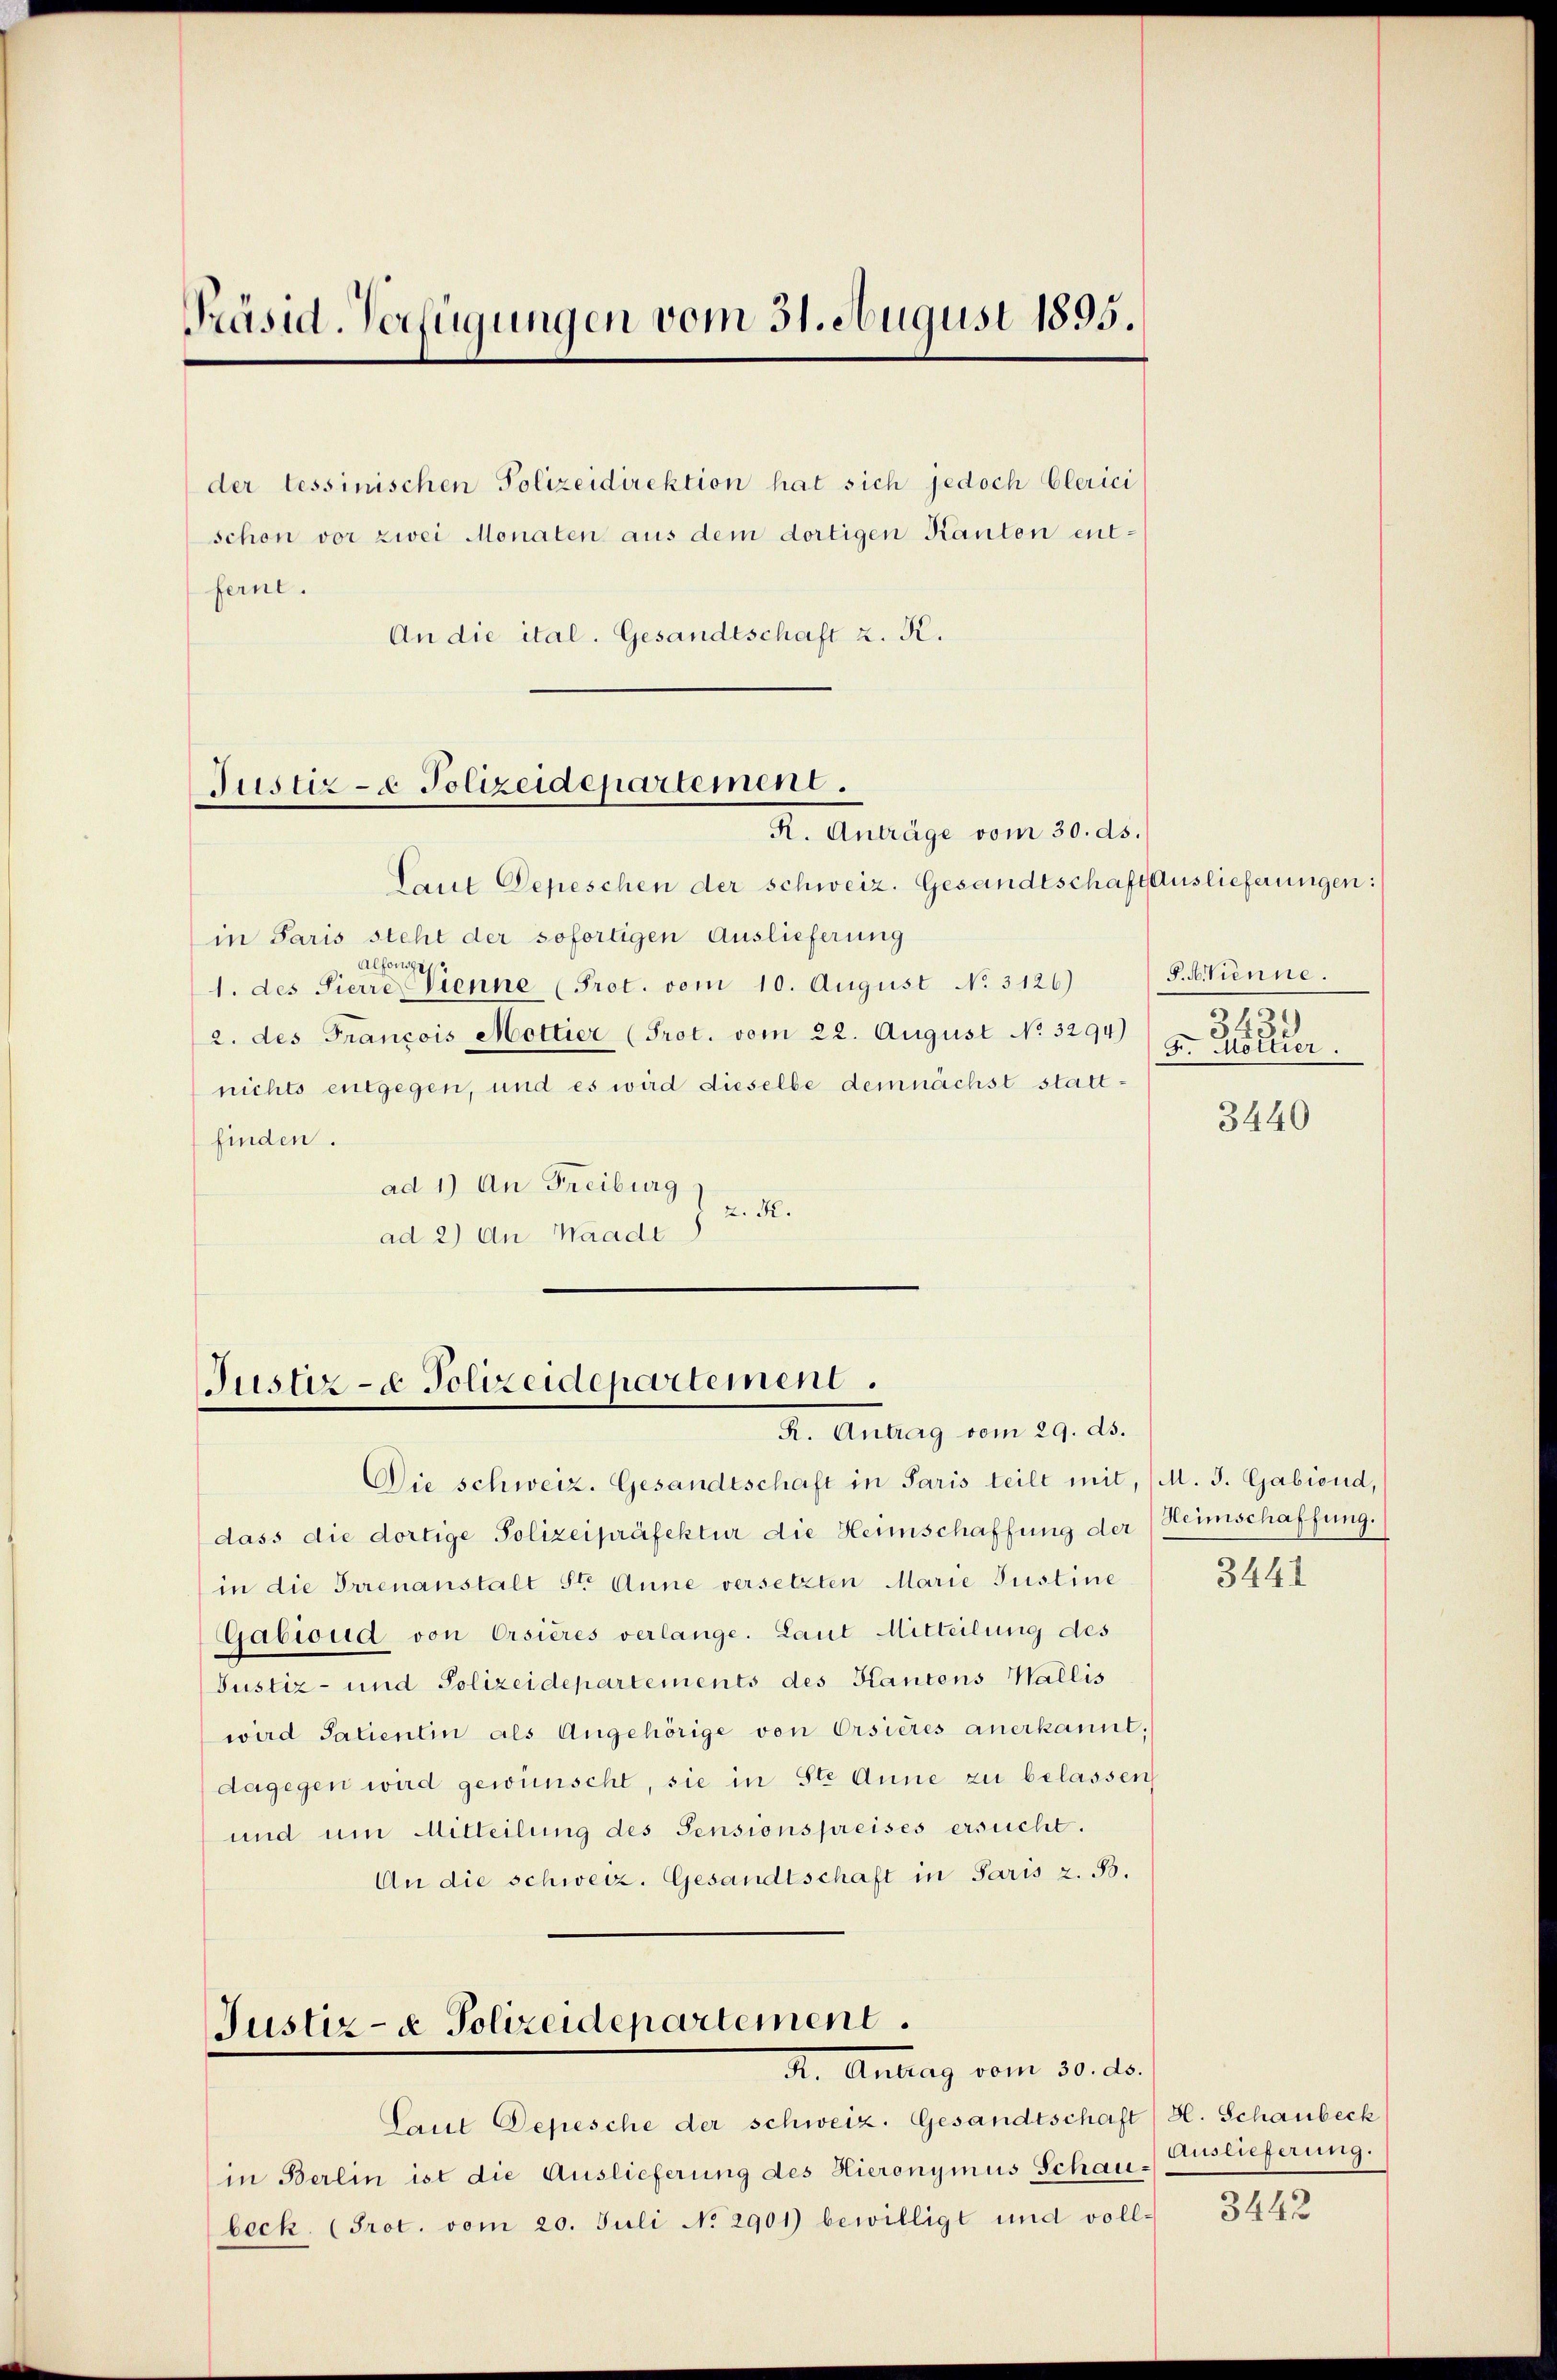
Präsid. Verfügungen vom 31. August 1895.

der tessinischen Polizeidirektion hat sich jedoch Clerici
schon vor zwei Monaten aus dem dortigen Kanton entfernt.
An die ital. Gesandtschaft z. K.

Justiz- & Polizeidepartement.
R. Anträge vom 30. ds.

Justiz - Polizeidepartement.
R. Antrag vom 29. ds.

Laut Depeschen der schweiz. Gesandtschaft Auslieferungen:
in Paris steht der sofortigen Auslieferung
Alfonsge
1. des Sierre Brenne (Prot. vom 10. August No. 3126)
2. des Francois Mottier (Prot. vom 22. August No. 3294)
nichts entgegen, und es wird dieselbe demnächst stattfinden.
ad 1) An Freiburg
z. R.
ad 2) An Waadt

Die schweiz. Gesandtschaft in Paris teilt mit, (M. J. Gabiond,
dass die dortige Polizeipräfektur die Heimschaffung der Heimschaffung.
in die Irrenanstalt Ster Anne versetzten Marie Justine
Gabioud von Ersières verlange. Laut Mitteilung des
Justiz- und Polizeidepartements des Kantons Wallis
wird Salientin als Angehörige von Orsieres anerkannt;
dagegen wird gewünscht, sie in Ste Anne zu belassen
und um Mitteilung des Pensionspreises ersucht.
An die schweiz. Gesandtschaft in Paris z. B.

Justiz- & Polizeidepartement.
A. Antrag vom 30. ds.

Laut Depesche der schweiz. Gesandtschaft (H. Schaubeck
in Berlin ist die Auslieferung des Hieronymus Schaubeck. (Prot. vom 20. Juli No 2901) bewilligt und voll-

F. AVienne.
3439
F. Mottier.

3440

3441

Auslieferung.

3442